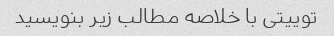
توییتی با خلاصه مطالب زیر بنویسید